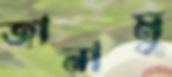
জানামু